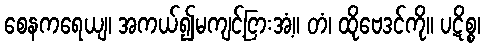
စေနကရေယျ၊ အကယ်၍မကျင့်ငြားအံ့။ တံ၊ ထိုဗေဒင်ကို။ ပဋိစ္စ၊